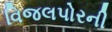
વિજલપોરની